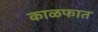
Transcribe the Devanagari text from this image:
काळफात